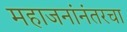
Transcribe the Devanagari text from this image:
महाजनांनंतरचा